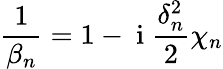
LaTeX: \frac{1}{\beta_{n}}=1-\mathrm{~i~}\frac{\delta_{n}^{2}}{2}\chi_{n}